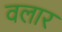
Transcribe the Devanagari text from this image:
वलार